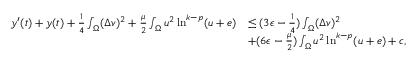
\begin{array} { r l } { y ^ { \prime } ( t ) + y ( t ) + \frac { 1 } { 4 } \int _ { \Omega } ( \Delta v ) ^ { 2 } + \frac { \mu } { 2 } \int _ { \Omega } u ^ { 2 } \ln ^ { k - p } ( u + e ) } & { \leq ( 3 \epsilon - \frac { 1 } { 4 } ) \int _ { \Omega } ( \Delta v ) ^ { 2 } } \\ & { + ( 6 \epsilon - \frac { \mu } { 2 } ) \int _ { \Omega } u ^ { 2 } \ln ^ { k - p } ( u + e ) + c , } \end{array}